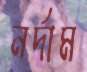
নর্দাম